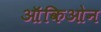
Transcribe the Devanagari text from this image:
ऑकिओन